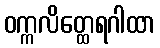
ဝက္ကလိတ္ထေရဂါထာ